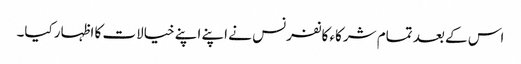
اس کے بعد تمام شرکاء کانفرنس نے اپنے اپنے خیالات کا اظہار کیا۔